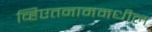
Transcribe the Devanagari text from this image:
व्हिएतनाममधील